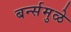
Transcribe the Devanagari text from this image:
बर्न्समुळे